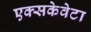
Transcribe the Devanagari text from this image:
एक्सकेवेटा